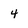
Character: 4